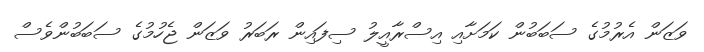
ވަޒަން އެރުމުގެ ސަބަބުން ކަމަށާއި އިސްރާއީލު ސިފައިން ރަބަރު ވަޒަން ޖެހުމުގެ ސަބަބުންވެސް